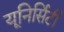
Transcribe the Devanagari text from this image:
यूनिर्सिटी